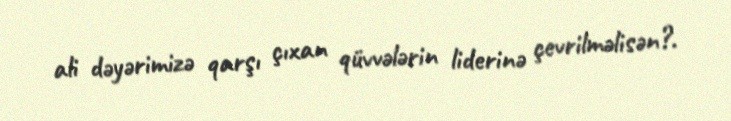
ali dəyərimizə qarşı çıxan qüvvələrin liderinə çevrilməlisən?.